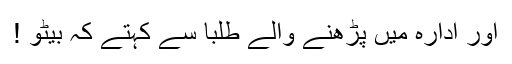
اور ادارہ میں پڑھنے والے طلبا سے کہتے کہ بیٹو !